Source: Handwritten
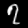
Digit: ၇ (7)